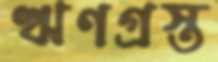
ঋণগ্রস্ত